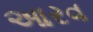
આરવ